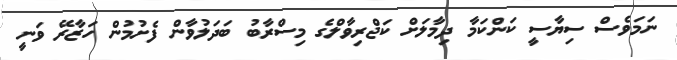
ނަމަވެސް ސިޔާސީ ކަންކަމާ ދިމާލަށް ކަޖްރިވާލްގެ މިސްރާބު ބަދަލުވާން ފެށުމުން ހަޒާރޭ ވަނީ